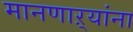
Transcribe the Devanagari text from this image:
मानणाऱ्यांना